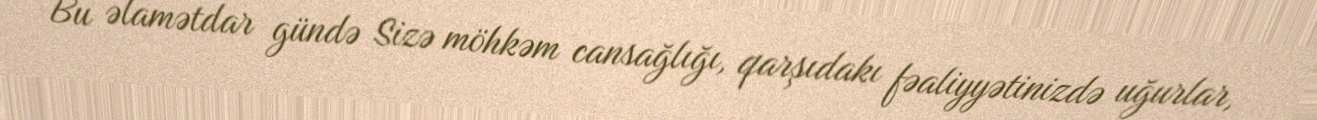
Bu əlamətdar gündə Sizə möhkəm cansağlığı, qarşıdakı fəaliyyətinizdə uğurlar,